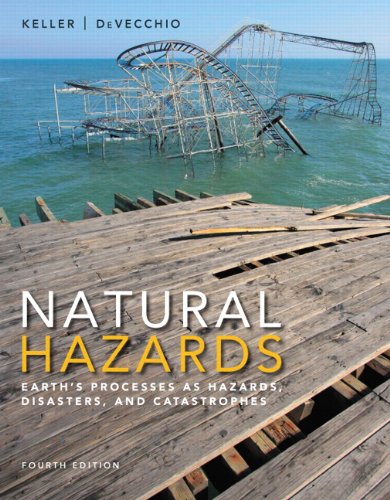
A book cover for Natural Hazards: Earth's Processes as Hazards, Disasters, and Catastrophes (4th Edition); Edward A. Keller; Science & Math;